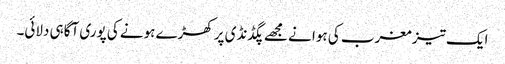
ایک تیز مغرب کی ہوا نے مجھے پگڈنڈی پر کھڑے ہونے کی پوری آگاہی دلائی۔